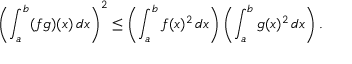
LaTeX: \left( \int _ { a } ^ { b } ( f g ) ( x ) \, d x \right) ^ { 2 } \leq \left( \int _ { a } ^ { b } f ( x ) ^ { 2 } \, d x \right) \left( \int _ { a } ^ { b } g ( x ) ^ { 2 } \, d x \right) .